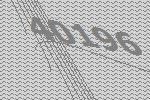
40196